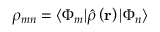
\rho _ { m n } = \langle \Phi _ { m } \vert \hat { \rho } \left( \mathbf { r } \right) \vert \Phi _ { n } \rangle